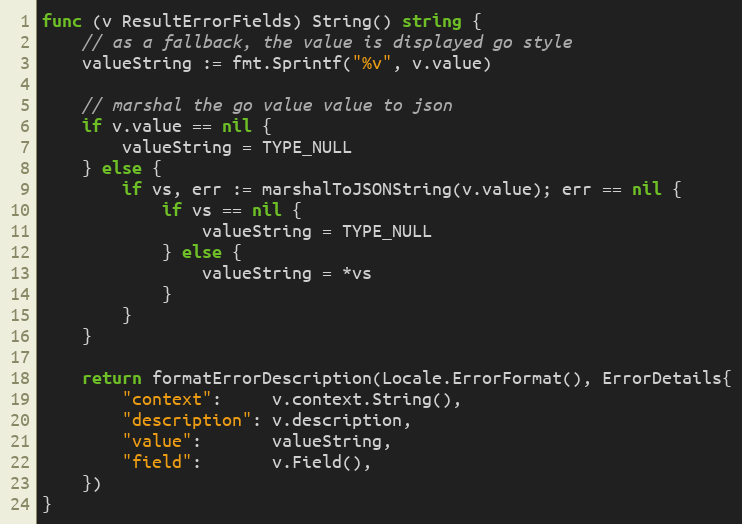
Language: Go
func (v ResultErrorFields) String() string {
	// as a fallback, the value is displayed go style
	valueString := fmt.Sprintf("%v", v.value)

	// marshal the go value value to json
	if v.value == nil {
		valueString = TYPE_NULL
	} else {
		if vs, err := marshalToJSONString(v.value); err == nil {
			if vs == nil {
				valueString = TYPE_NULL
			} else {
				valueString = *vs
			}
		}
	}

	return formatErrorDescription(Locale.ErrorFormat(), ErrorDetails{
		"context":     v.context.String(),
		"description": v.description,
		"value":       valueString,
		"field":       v.Field(),
	})
}